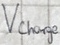
Text: VCharge